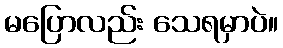
မပြောလည်း သေရမှာပဲ။